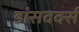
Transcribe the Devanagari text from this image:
डांसवर्क्स